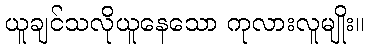
ယူချင်သလိုယူနေသော ကုလားလူမျိုး။